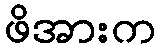
ဖိအားက